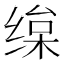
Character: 𦈒